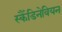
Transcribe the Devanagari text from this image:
स्कैँडिनेवियन